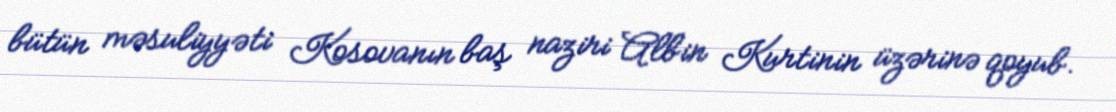
bütün məsuliyyəti Kosovanın baş naziri Albin Kurtinin üzərinə qoyub.